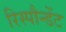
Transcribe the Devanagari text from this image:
रिस्पौन्डेंट